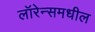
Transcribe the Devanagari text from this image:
लॉरेन्समधील